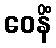
ဝေနိံ